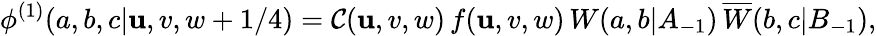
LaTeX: \phi^{(1)}(a,b,c|\mathbf{u},v,w+1/4)=\mathcal{C}(\mathbf{u},v,w)\, f(\mathbf{u},v,w)\, W(a,b|A_{-1})\, \overline{{{{W}}}}(b,c|B_{-1}),